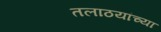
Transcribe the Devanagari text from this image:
तलाठयांच्या